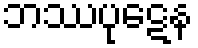
ဘဿပုဋေန